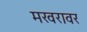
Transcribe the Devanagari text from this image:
मखरावर